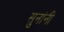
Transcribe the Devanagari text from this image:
सुनांनी